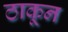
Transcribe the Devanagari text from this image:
ठाकून